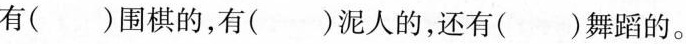
有()围棋的，有()泥人的，还有()舞蹈的。